Report on the working of the Ranchi Indian Mental Hospital, Kanke, in Bihar and Orissa - 1930-1940
Year: 1930
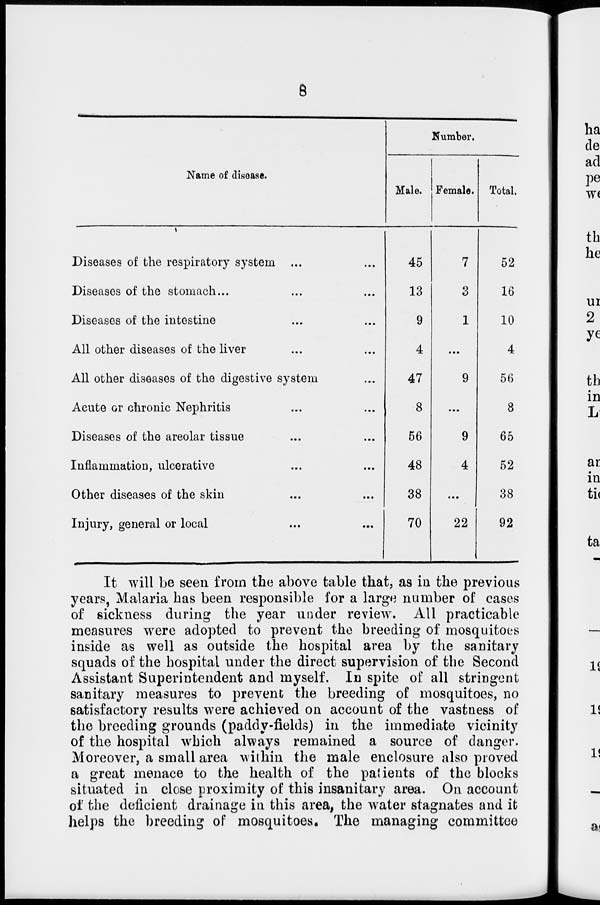
8
Name of disease.
Diseases of the respiratory system ... ...
Diseases of the stomach ... ... ...
Diseases of the intestine ... ...
All other diseases of the liver ... ...
All other diseases of the digestive system ...
Acute or chronic Nephritis ... ...
Diseases of the areolar tissue ... ...
Inflammation, ulcerative ... ...
Other diseases of the skin ... ...
Injury, general or local ... ...
Number.
Male.
45
13
9
4
47
8
56
48
38
70
Female.
7
3
1
...
9
...
9
4
...
22
Total.
52
16
10
4
56
8
65
52
38
92
It will be seen from the above table that, as in the previous
years, Malaria has been responsible for a large number of cases
of sickness during the year under review. All practicable
measures were adopted to prevent the breeding of mosquitoes
inside as well as outside the hospital area by the sanitary
squads of the hospital under the direct supervision of the Second
Assistant Superintendent and myself. In spite of all stringent
sanitary measures to prevent the breeding of mosquitoes, no
satisfactory results were achieved on account of the vastness of
the breeding grounds (paddy-fields) in the immediate vicinity
of the hospital which always remained a source of danger.
Moreover, a small area within the male enclosure also proved
a great menace to the health of the patients of the blocks
situated in close proximity of this insanitary area. On account
of the deficient drainage in this area, the water stagnates and it
helps the breeding of mosquitoes. The managing committee